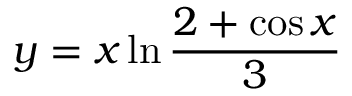
y = x \ln { \frac { 2 + \cos x } { 3 } }